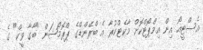
އެސްޓީއޯ އިން އިމްޕޯޓްކޮށް މާކެޓްކުރާ އެ ބްރޭންޑްގެ ޕްރޮމޯޝަން "ބާގާ ވީކް" ގެ